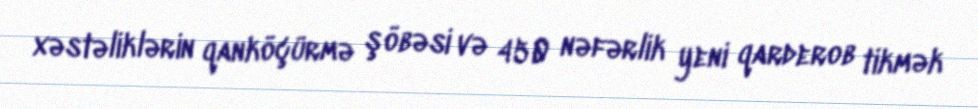
xəstəliklərin qanköçürmə şöbəsi və 450 nəfərlik yeni qarderob tikmək